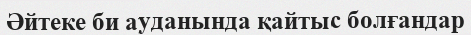
Әйтеке би ауданында қайтыс болғандар